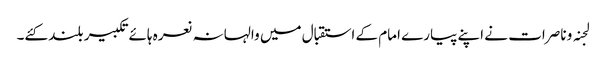
لجنہ و ناصرات نے اپنے پیارے امام کے استقبال میں والہانہ نعرہ ہائےتکبیر بلند کئے۔